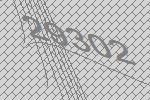
29302